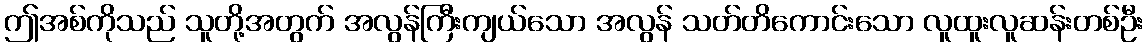
ဤအစ်ကိုသည် သူတို့အတွက် အလွန်ကြီးကျယ်သော အလွန် သတ်တိကောင်းသော လူထူးလူဆန်းတစ်ဦး